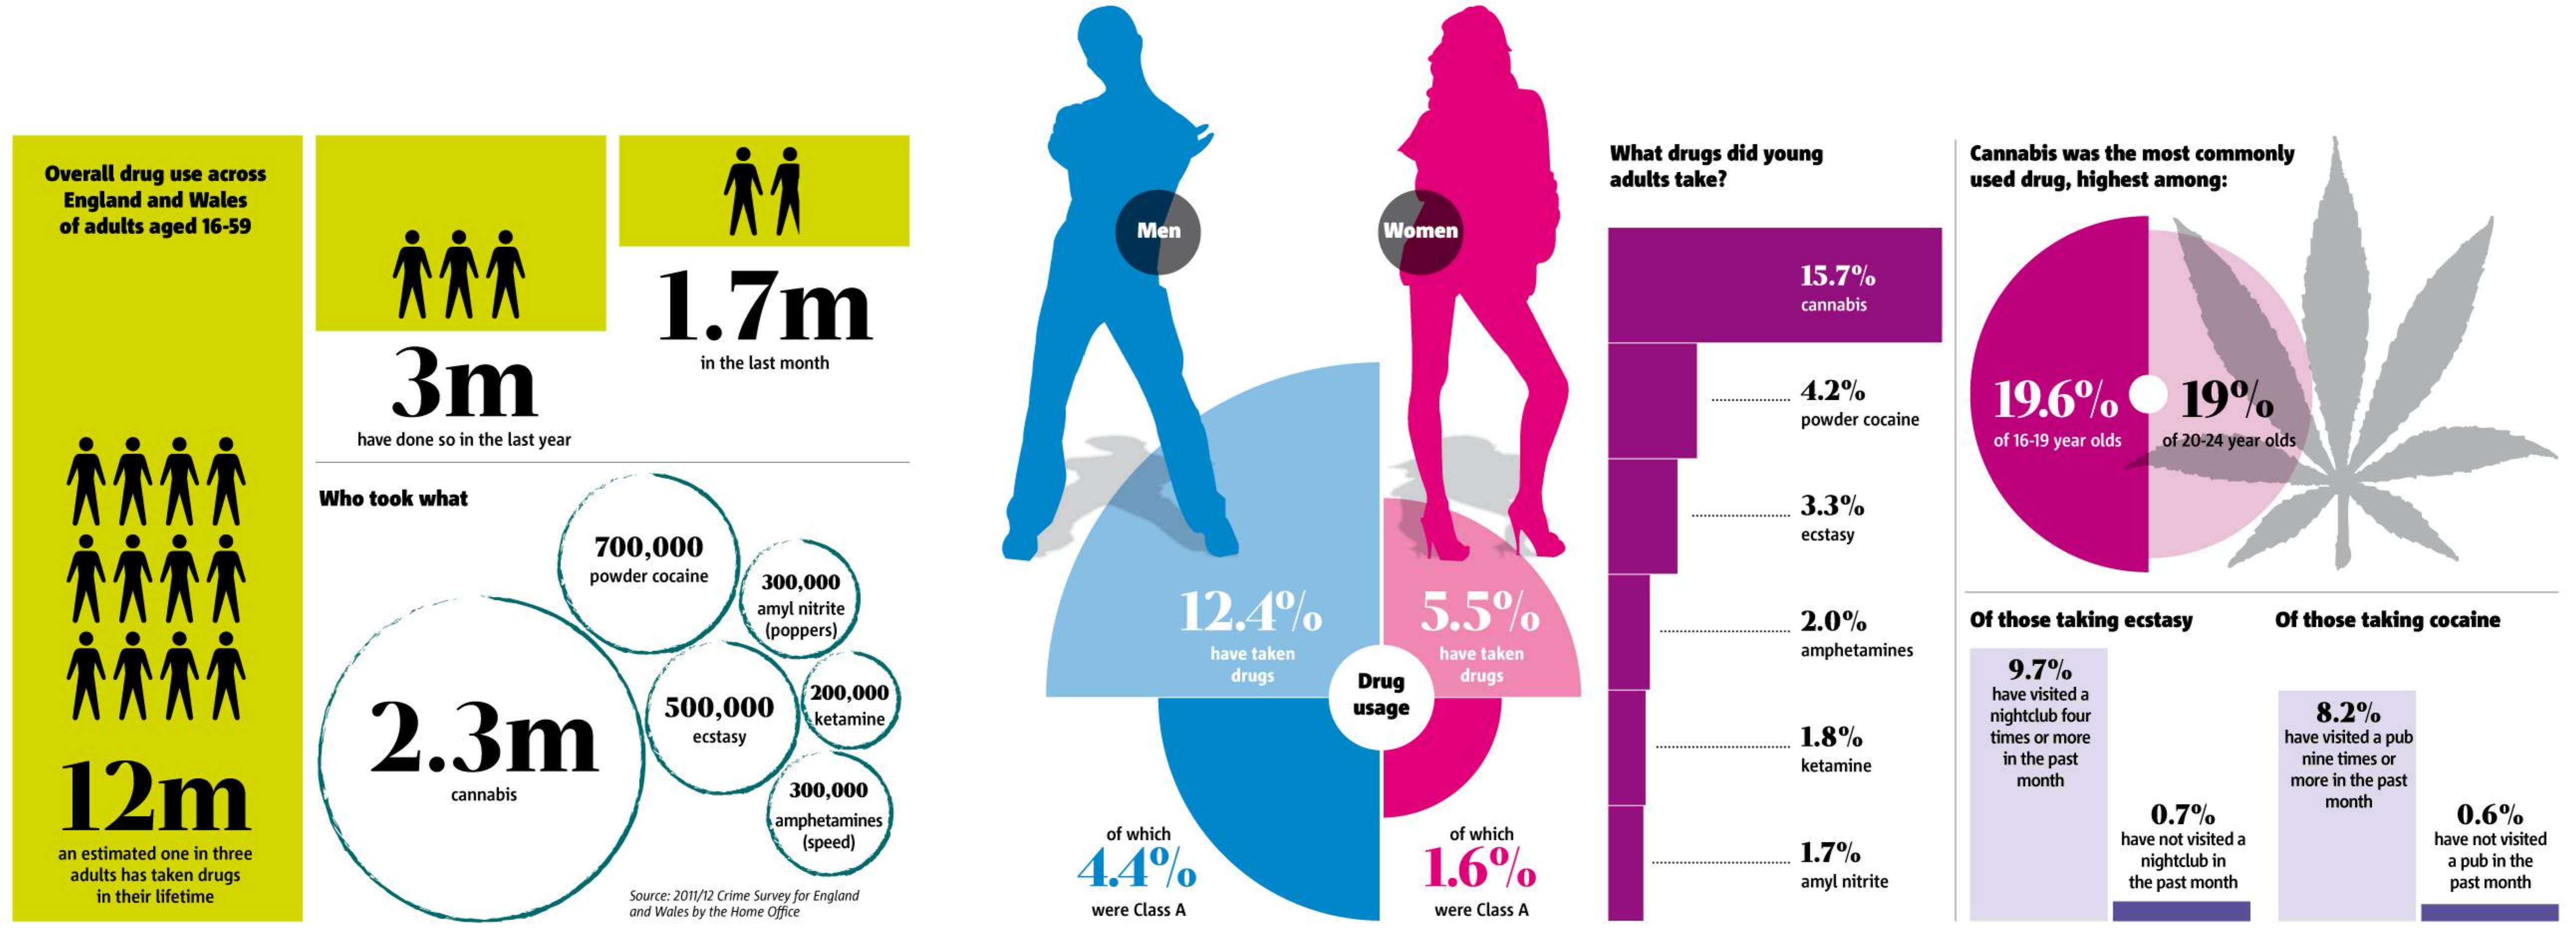
Overall drug use across
     What drugs did young Cannabis was the most commonly
  England and Wales
     adults take? used drug, highest among:
  of adults aged 16-59    Men    Women
     15.7%
     cannabis
     3m
     1.7m
     in the last month
     4.2%  19.6% 19%
     have done so in the last year
     powder cocaine
     of 16-19 year olds of 20-24 year olds
     Who took what
     --
     3.3%
     700,000
     ecstasy
     powder cocaine 300,000
     amyl nitrite 12.4%  5.5%
     (poppers)    2.0%  Of those taking ecstasy Of those taking cocaine
     have taken have taken amphetamines
     drugs Drug drugs    9.7%
  12m
     2.3m
     500,000
     200,000
     usage
     have visited a
     1.8%
     nightclub four 8.2%
     ecstasy
     ketamine
     times or more have visited a pub
     ketamine in the past nine times or
     cannabis   300,000
     month   more in the past
     amphetamines    0.7%
     month
     0.6%
     (speed)  of which   of which
  an estimated one in three
     4.4%    1.6%
     1.7%
     have not visited a have not visited
   adults has taken drugs
     nightclub in a pub in the
   in their lifetime Source: 2011/12 Crime Survey for England
     amyl nitrite the past month past month
     and Wales by the Home Office were Class A were Class A